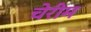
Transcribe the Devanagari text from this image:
चेरीम